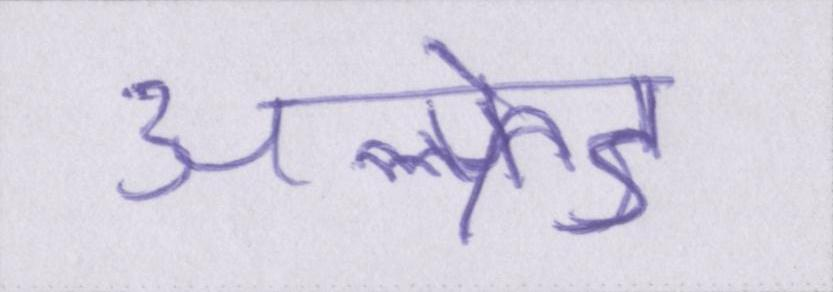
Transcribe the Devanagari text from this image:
अल्फ्रेड